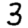
Digit: 3